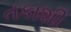
તકાશી